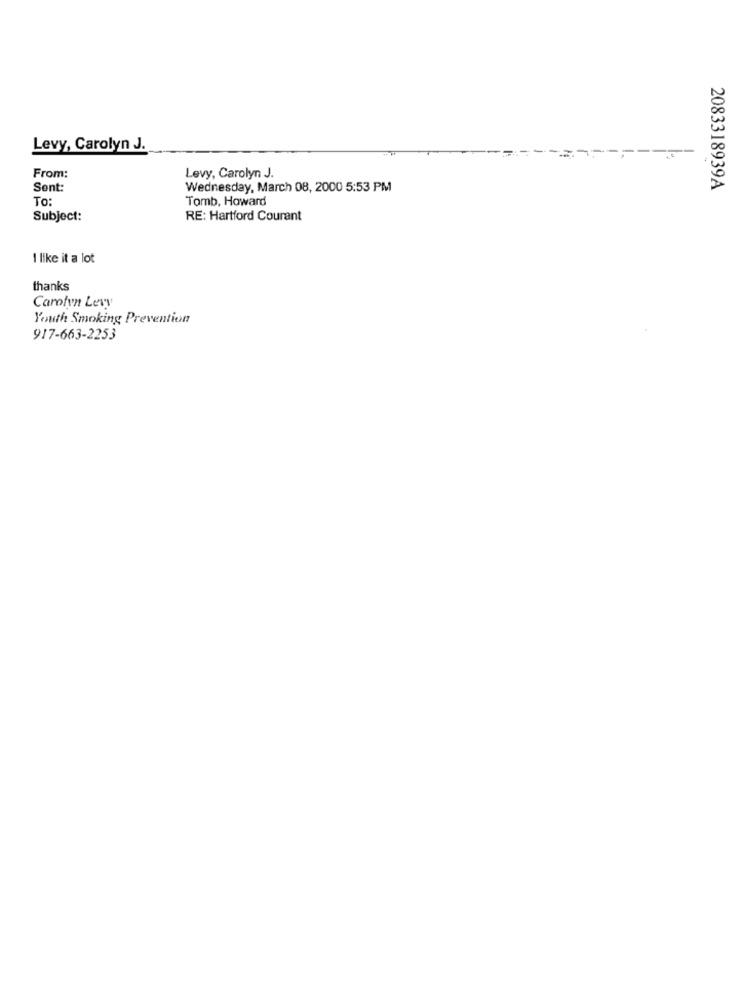
Levy, Carolyn J.
From:
Levy, Carolyn J.
Sont:
Wednesday, March 08, 2000 5:53 PM
2083318939A
To:
Tomb, Howard
Subject:
RE: Hartford Courant
I like it a lot
thanks
Carolyn Levy
Youth Smoking Prevention
917-663-2253